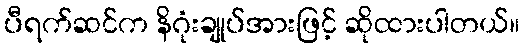
ပီရက်ဆင်က နိဂုံးချုပ်အားဖြင့် ဆိုထားပါတယ်။